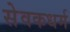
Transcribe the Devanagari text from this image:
सेवकधर्म